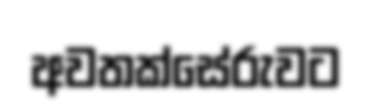
අවතක්සේරුවට